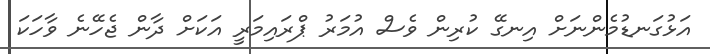
އަޅުގަނޑުމެންނަށް އިނގޭ ކުރިން ވެސް އުމަރު ޕްރައިމަރީ އަކަށް ދާން ޖެހޭނެ ވާހަކަ